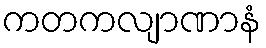
ကတကလျာဏာနံ